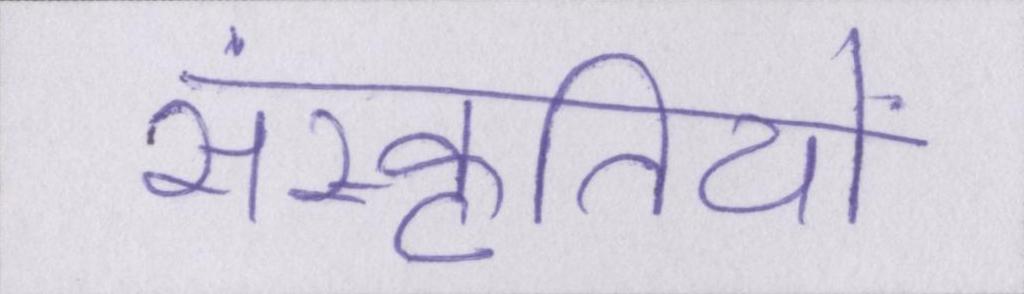
संस्कृतियों